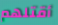
أقتلهم